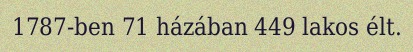
1787-ben 71 házában 449 lakos élt.